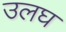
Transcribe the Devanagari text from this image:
उलघ